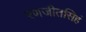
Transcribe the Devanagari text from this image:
रणजीतसिहं